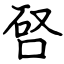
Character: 唘